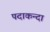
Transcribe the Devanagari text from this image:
पदाकन्दा